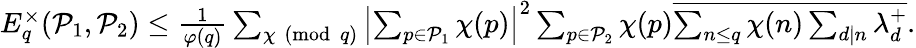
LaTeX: \begin{array}{r}{E_{q}^{\times}(\mathcal{P}_{1},\mathcal{P}_{2})\leq\frac{1}{\varphi(q)}\sum_{\chi\pmod q}\left|\sum_{p\in\mathcal{P}_{1}}\chi(p)\right|^{2}\sum_{p\in\mathcal{P}_{2}}\chi(p)\overline{{\sum_{n\leq q}\chi(n)\sum_{d\mid n}\lambda_{d}^{+}}}.}\end{array}